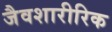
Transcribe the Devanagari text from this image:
जैवशारीरिक